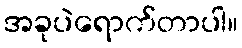
အခုပဲရောက်တာပါ။